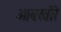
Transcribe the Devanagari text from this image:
आबखोरे